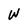
Character: W